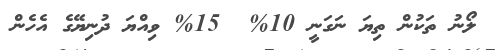
ލޯނު ތަކުން ތިޔަ ނަގަނީ 10%  15% ވިއްޔަ ދުނިޔޭގެ އެހެން